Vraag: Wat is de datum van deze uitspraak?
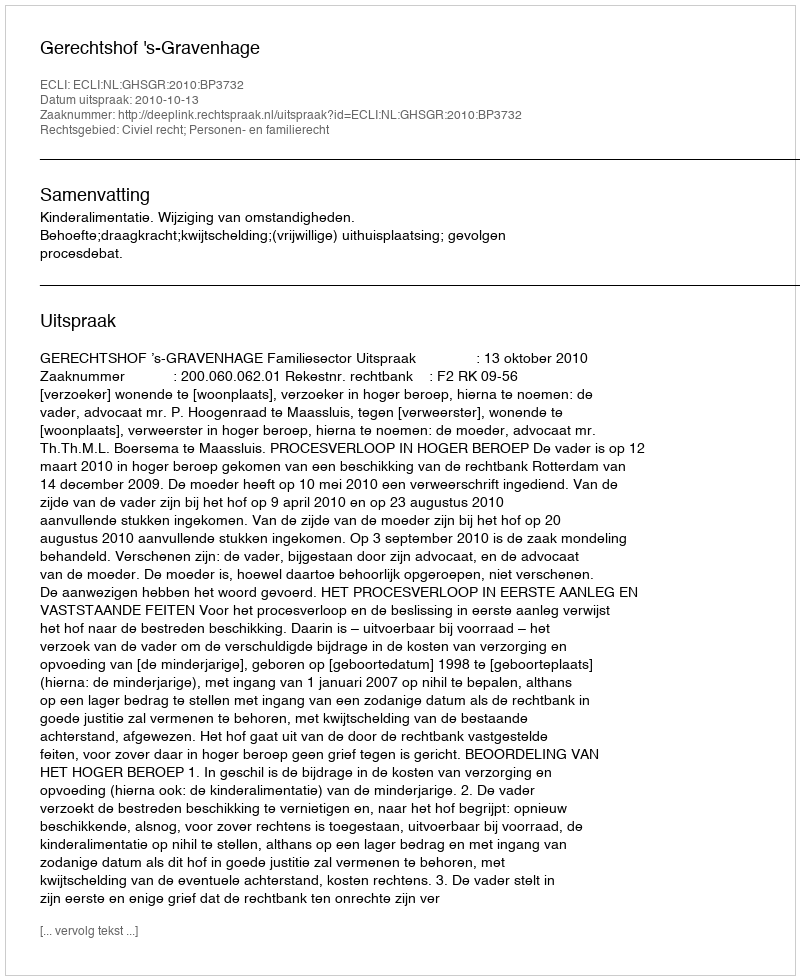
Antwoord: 2010-10-13